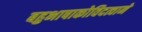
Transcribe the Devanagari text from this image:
बहुभाषाकोविदत्वाने